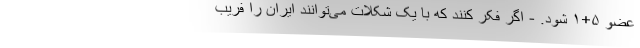
عضو ۵+۱ شود. - اگر فکر کنند که با یک شکلات می‌توانند ایران را فریب